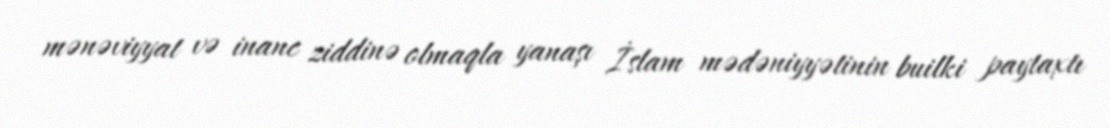
mənəviyyat və inanc ziddinə olmaqla yanaşı İslam mədəniyyətinin builki paytaxtı